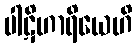
ပါဋိဟာရိယေဟိ